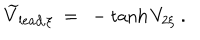
\widetilde V _ { l e a d , \xi } \ = \ - \tanh V _ { 2 \xi } \ .